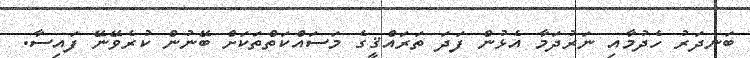
ބަނދަރު ހެދުމާއި ނަރުދަމާ އެޅުން ފަދަ ތަރައްޤީގެ މަސައްކަތްތަކަށް ބޭނުން ކުރެވޭނޭ ފައިސާ.